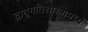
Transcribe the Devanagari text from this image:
द्रायुगतिशास्त्रामध्ये